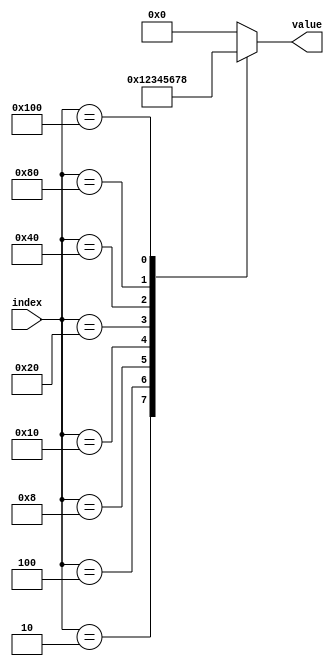
// This program was cloned from: https://github.com/dtysky/FPGA-Imaging-Library
// License: GNU Lesser General Public License v2.1

module Encoder(index, value);
	parameter window_width = 3;
	parameter full_win_bits = 4;
	input[window_width * window_width - 1 : 0] index;
	output[full_win_bits - 1 : 0] value;
	reg[full_win_bits - 1 : 0] reg_value;
	assign value = reg_value;
	generate
		case(window_width)
			2 : 
				always@(*) begin
					case(index)
						1 : reg_value <= 0;
						2 : reg_value <= 1;
						4 : reg_value <= 2;
						8 : reg_value <= 3;
						default: reg_value <= 0;
					endcase
				end
			3 : 
				always@(*) begin
					case(index)
						1 : reg_value <= 0;
						2 : reg_value <= 1;
						4 : reg_value <= 2;
						8 : reg_value <= 3;
						16 : reg_value <= 4;
						32 : reg_value <= 5;
						64 : reg_value <= 6;
						128 : reg_value <= 7;
						256 : reg_value <= 8;
						default: reg_value <= 0;
					endcase
				end
			4 : 
				always@(*) begin
					case(index)
						1 : reg_value <= 0;
						2 : reg_value <= 1;
						4 : reg_value <= 2;
						8 : reg_value <= 3;
						16 : reg_value <= 4;
						32 : reg_value <= 5;
						64 : reg_value <= 6;
						128 : reg_value <= 7;
						256 : reg_value <= 8;
						512 : reg_value <= 9;
						1024 : reg_value <= 10;
						2048 : reg_value <= 11;
						4096 : reg_value <= 12;
						8192 : reg_value <= 13;
						16384 : reg_value <= 14;
						32768 : reg_value <= 15;
						default: reg_value <= 0;
					endcase
				end
			5 : 
				always@(*) begin
					case(index)
						1 : reg_value <= 0;
						2 : reg_value <= 1;
						4 : reg_value <= 2;
						8 : reg_value <= 3;
						16 : reg_value <= 4;
						32 : reg_value <= 5;
						64 : reg_value <= 6;
						128 : reg_value <= 7;
						256 : reg_value <= 8;
						512 : reg_value <= 9;
						1024 : reg_value <= 10;
						2048 : reg_value <= 11;
						4096 : reg_value <= 12;
						8192 : reg_value <= 13;
						16384 : reg_value <= 14;
						32768 : reg_value <= 15;
						65536 : reg_value <= 16;
						131072 : reg_value <= 17;
						262144 : reg_value <= 18;
						524288 : reg_value <= 19;
						1048576 : reg_value <= 20;
						2097152 : reg_value <= 21;
						4194304 : reg_value <= 22;
						8388608 : reg_value <= 23;
						16777216 : reg_value <= 24;
						default: reg_value <= 0;
					endcase
				end
			default : ;
		endcase
	endgenerate
endmodule